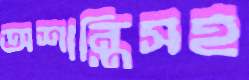
অশান্তিসহ